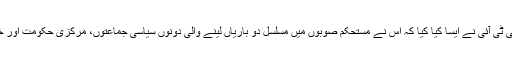
ہمارے لیے یہ سمجھنا بے حد ضروری ہے کہ آخر دہشت گردی سے تباہ حال صوبے میں پی ٹی آئی نے ایسا کیا کیا کہ اس نے مستحکم صوبوں میں مسلسل دو باریاں لینے والی دونوں سیاسی جماعتوں، مرکزی حکومت اور خاص کر گورننس اور کارکردگی کے حوالے سے مشہور صوبہ پنجاب کو پیچھے چھوڑ دیا۔